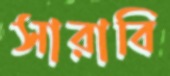
সারাবি